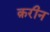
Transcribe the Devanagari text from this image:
क़रीन